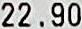
22.90